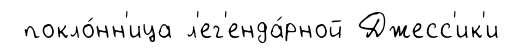
покло́нн'ица л'ег'енда́рной Джесс'ик'и